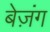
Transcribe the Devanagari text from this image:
बेज़ंग